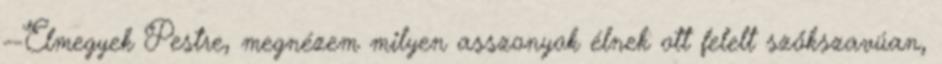
--Elmegyek Pestre, megnézem milyen asszonyok élnek ott felelt szőkszavúan,